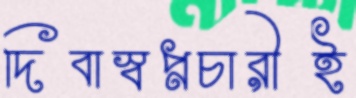
দিবাস্বপ্নচারীই